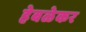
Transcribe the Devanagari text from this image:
हेबळेकर